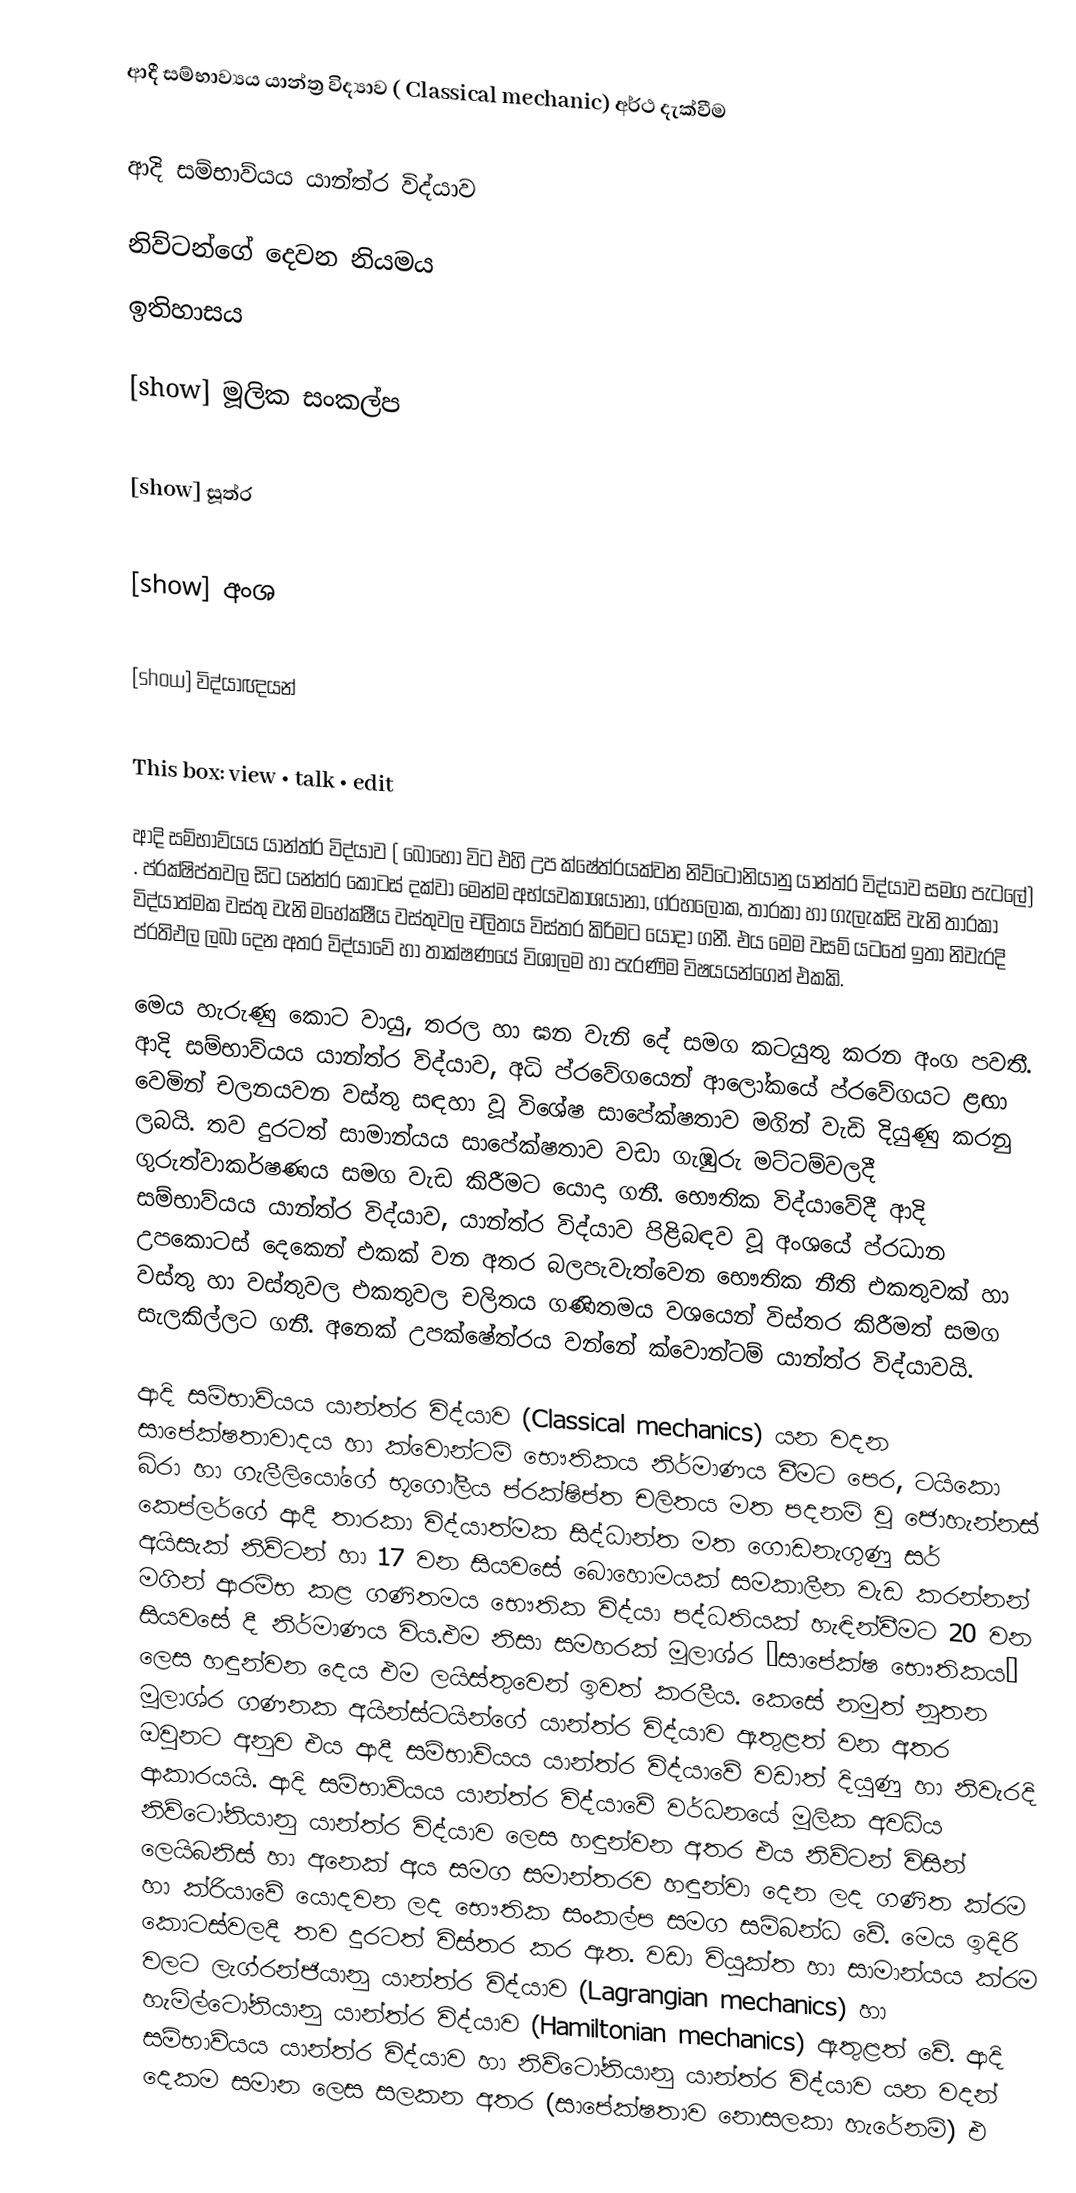
ආදී සම්භාව්‍යය යාන්ත්‍ර විද්‍යාව ( Classical mechanic) අර්ථ දැක්වීම

ආදි සම්භාව්යය යාන්ත්ර විද්යාව

නිව්ටන්ගේ දෙවන නියමය
ඉතිහාසය

[show] මූලික සංකල්ප

[show] සූත්ර

[show] අංශ

[show] විද්යාඥයන්

This box: view • talk • edit

ආදි සම්භාව්යය යාන්ත්ර විද්යාව ( බොහෝ විට එහි උප ක්ෂේත්රයක්වන නිව්ටෝනියානු යාන්ත්ර විද්යාව සමග පැටලේ) . ප්රක්ෂිප්තවල සිට යන්ත්ර කොටස් දක්වා මෙන්ම අභ්යවකාශයානා, ග්රහලෝක, තාරකා හා ගැලැක්සි වැනි තාරකා විද්යාත්මක වස්තු වැනි මහේක්ෂීය වස්තුවල චලිතය විස්තර කිරිමට යොදා ගනී. එය මෙම වසම් යටතේ ඉතා නිවැරදි ප්රතිඵල ලබා දෙන අතර විද්යාවේ හා තාක්ෂණයේ විශාලම හා පැරණිම විෂයයන්ගෙන් එකකි.

මෙය හැරුණු කොට වායු, තරල හා ඝන වැනි දේ සමග කටයුතු කරන අංග පවතී. ආදි සම්භාව්යය යාන්ත්ර විද්යාව, අධි ප්රවේගයෙන් ආලෝකයේ ප්රවේගයට ළඟා වෙමින් චලනයවන වස්තු සඳහා වූ විශේෂ සාපේක්ෂතාව මගින් වැඩි දියුණු කරනු ලබයි. තව දුරටත් සාමාන්යය සාපේක්ෂතාව වඩා ගැඹුරු මට්ටම්වලදී ගුරුත්වාකර්ෂණය සමග වැඩ කිරීමට යොදා ගනී. භෞතික විද්යාවේදී ආදි සම්භාව්යය යාන්ත්ර විද්යාව, යාන්ත්ර විද්යාව පිළිබඳව වූ අංශයේ ප්රධාන උපකොටස් දෙකෙන් එකක් වන අතර බලපැවැත්වෙන භෞතික නීති එකතුවක් හා වස්තු හා වස්තුවල එකතුවල චලිතය ගණිතමය වශයෙන් විස්තර කිරීමත් සමග සැලකිල්ලට ගනී. අනෙක් උපක්ෂේත්රය වන්නේ ක්වොන්ටම් යාන්ත්ර විද්යාවයි.

ආදි සම්භාව්යය යාන්ත්ර විද්යාව  (Classical mechanics) යන වදන සාපේක්ෂතාවාදය හා ක්වොන්ටම් භෞතිකය නිර්මාණය වීමට පෙර, ටයිකො බ්රා හා ගැලීලියෝගේ භූගෝලීය ප්රක්ෂිප්ත චලිතය මත පදනම් වූ ජොහැන්නස් කෙප්ලර්ගේ ආදී තාරකා විද්යාත්මක සිද්ධාන්ත මත ගොඩනැගුණු සර් අයිසැක් නිව්ටන් හා 17 වන සියවසේ බොහොමයක් සමකාලීන වැඩ කරන්නන් මගින් ආරම්භ කළ ගණිතමය භෞතික විද්යා පද්ධතියක් හැඳින්වීමට 20 වන සියවසේ දී නිර්මාණය විය.එම නිසා සමහරක් මූලාශ්ර “සාපේක්ෂ භෞතිකය” ලෙස හඳුන්වන දෙය එම ලයිස්තුවෙන් ඉවත් කරලීය. කෙසේ නමුත් නූතන මූලාශ්ර ගණනක අයින්ස්ටයින්ගේ යාන්ත්ර විද්යාව ඇතුළත් වන අතර ඔවුනට අනුව එය ආදී සම්භාව්යය යාන්ත්ර විද්යාවේ වඩාත් දියුණු හා නිවැරදි ආකාරයයි. ආදි සම්භාව්යය යාන්ත්ර විද්යාවේ වර්ධනයේ මූලික අවධිය නිව්ටෝනියානු යාන්ත්ර විද්යාව ලෙස හඳුන්වන අතර එය නිව්ටන් විසින් ලෙයිබනිස් හා අනෙක් අය සමග සමාන්තරව හඳුන්වා දෙන ලද ගණිත ක්රම හා ක්රියාවේ යොදවන ලද භෞතික සංකල්ප සමග සම්බන්ධ වේ. මෙය ඉදිරි කොටස්වලදී තව දුරටත් විස්තර කර ඇත. වඩා වියුක්ත හා සාමාන්යය ක්රම වලට ලැග්රන්ජියානු යාන්ත්ර විද්යාව (Lagrangian mechanics) හා හැමිල්ටෝනියානු යාන්ත්ර විද්යාව (Hamiltonian mechanics) ඇතුළත් වේ. ආදි සම්භාව්යය යාන්ත්ර විද්යාව හා නිව්ටෝනියානු යාන්ත්ර විද්යාව යන වදන් දෙකම සමාන ලෙස සලකන අතර (සාපේක්ෂතාව නොසලකා හැරේනම්) එ